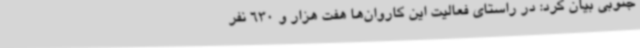
جنوبی بیان کرد: در راستای فعالیت این کاروان‌ها هفت هزار و 630 نفر